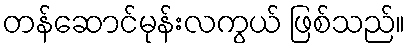
တန်ဆောင်မုန်းလကွယ် ဖြစ်သည်။